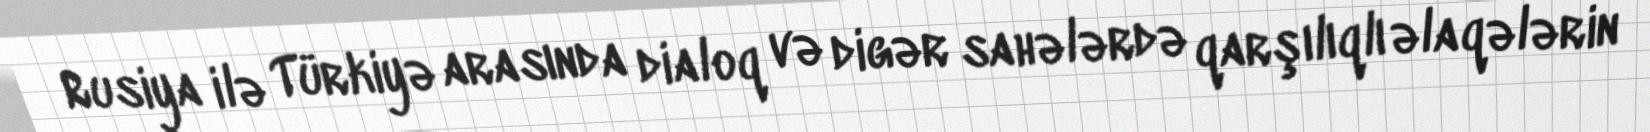
Rusiya ilə Türkiyə arasında dialoq və digər sahələrdə qarşılıqlı əlaqələrin